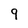
Character: 9